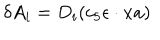
\delta A _ { i } = D _ { i } ( c _ { 5 } \epsilon \cdot x a )